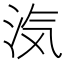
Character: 𭰑